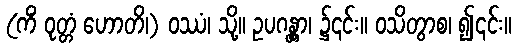
(ကိံ ဝုတ္တံ ဟောတိ၊) ဝဿံ၊ သို့။ ဥပဂန္တွာ၊ ၌၎င်း။ ဝသိတွာစ၊ ၍၎င်း။